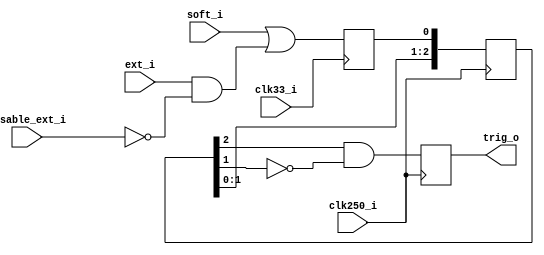
module soft_ext_pipe(input soft_i,
							input ext_i,
							input disable_ext_i,
							input clk250_i,
							input clk33_i,
							output trig_o);
	
	reg soft_or_ext_clk33 = 0;

	(* SHREG_EXTRACT = "NO" *)
	reg [2:0] soft_or_ext_clk250 = 0;
	
	reg trig = 0;
	
	always @(posedge clk33_i) begin
		soft_or_ext_clk33 <= soft_i || (ext_i && !disable_ext_i);
	end
	always @(posedge clk250_i) begin
		soft_or_ext_clk250 <= {soft_or_ext_clk250[1:0],soft_or_ext_clk33};
		trig <= soft_or_ext_clk250[2] && !soft_or_ext_clk250[1];
	end

	assign trig_o = trig;
endmodule